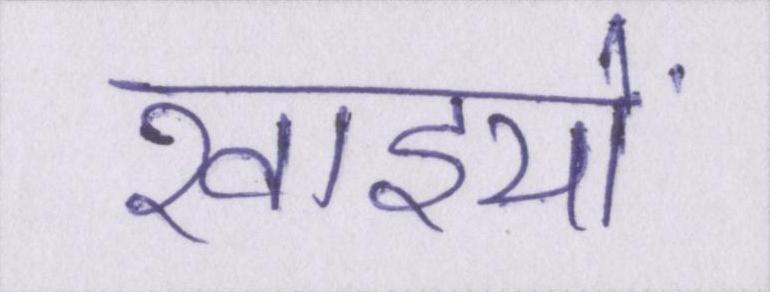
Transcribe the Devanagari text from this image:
खाइयों